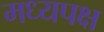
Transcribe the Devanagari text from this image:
मध्यपक्ष